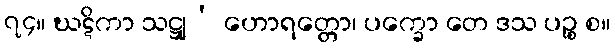
၇၄။ ဃဋိကာ သဋ္ဌျ’ ဟောရတ္တော၊ ပက္ခော တေ ဒသ ပဉ္စ စ။